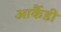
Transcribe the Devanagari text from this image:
आर्कैडी